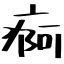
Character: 痾